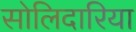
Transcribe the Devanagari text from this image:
सोलिदारिया